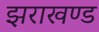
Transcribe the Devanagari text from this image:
झराखण्ड